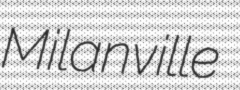
Milanville